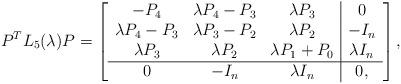
LaTeX: \begin{align*}P^TL_5(\lambda)P = \left[\begin{array}{ccc|c}-P_4 & \lambda P_4-P_3 & \lambda P_3 & 0 \\\lambda P_4-P_3 & \lambda P_3-P_2 & \lambda P_2 & -I_n \\\lambda P_3 & \lambda P_2 & \lambda P_1+P_0 & \lambda I_n \\ \hline0 & -I_n & \lambda I_n & 0,\end{array}\right],\end{align*}